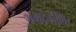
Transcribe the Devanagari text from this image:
जमदग्नीवर